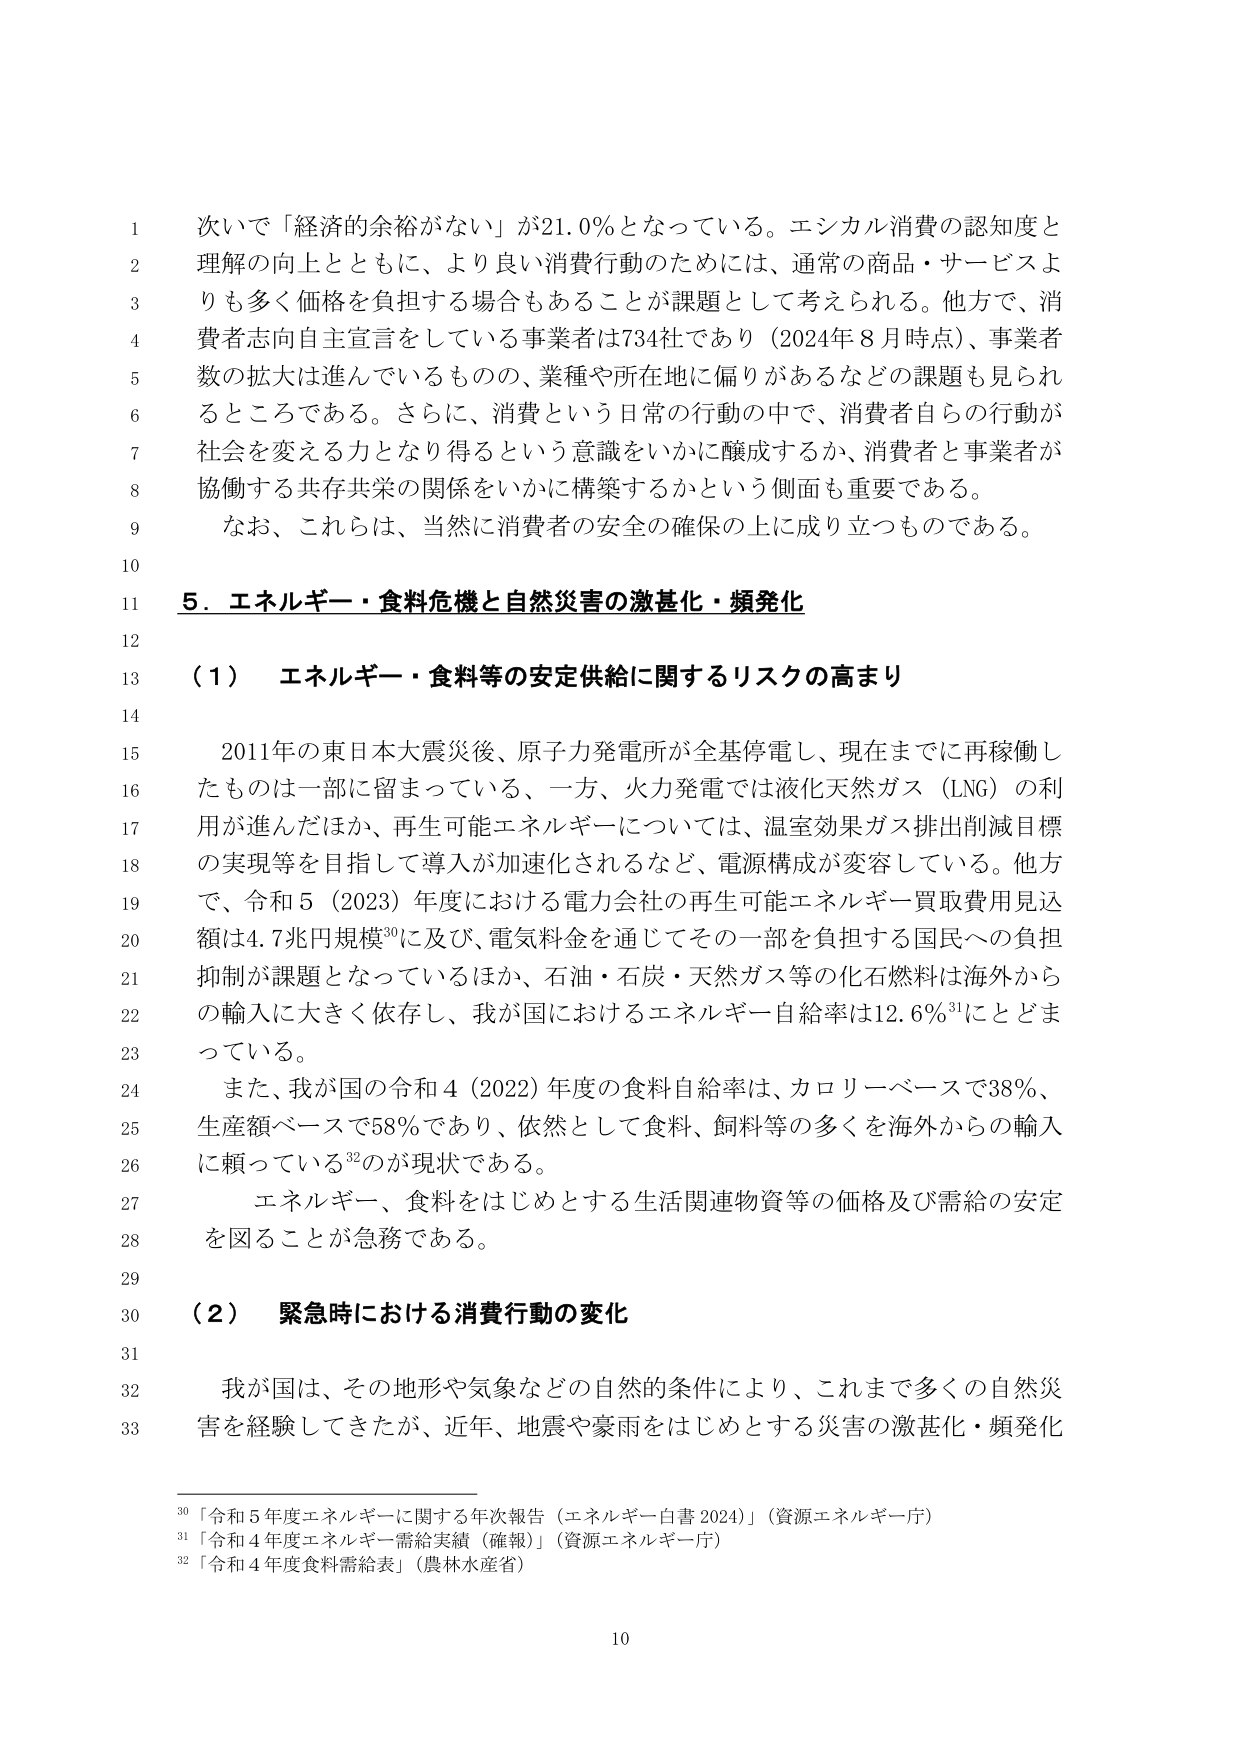
次いで「経済的余裕がない」が21.0％となっている。エシカル消費の認知度と理解の向上とともに、より良い消費行動のためには、通常の商品・サービスよりも多く価格を負担する場合もあることが課題として考えられる。他方で、消費者志向自主宣言をしている事業者は734社であり（2024年8月時点）、事業者数の拡大は進んでいるものの、業種や所在地に偏りがあるなどの課題も見られるところである。さらに、消費という日常の行動の中で、消費者自らの行動が社会を変える力となり得るという意識をいかに醸成するか、消費者と事業者が協働する共存共栄の関係をいかに構築するかという側面も重要である。

なお、これらは、当然に消費者の安全の確保の上に成り立つものである。

5．エネルギー・食料危機と自然災害の激甚化・頻発化

（1） エネルギー・食料等の安定供給に関するリスクの高まり

2011年の東日本大震災後、原子力発電所が全基停電し、現在までに再稼働したものは一部に留まっている、一方、火力発電では液化天然ガス（LNG）の利用が進んだほか、再生可能エネルギーについては、温室効果ガス排出削減目標の実現等を目指して導入が加速化されるなど、電源構成が変容している。他方で、令和5（2023）年度における電力会社の再生可能エネルギー買取費用見込額は4.7兆円規模30に及び、電気料金を通じてその一部を負担する国民への負担抑制が課題となっているほか、石油・石炭・天然ガス等の化石燃料は海外からの輸入に大きく依存し、我が国におけるエネルギー自給率は12.6％31にとどまっている。

また、我が国の令和4（2022）年度の食料自給率は、カロリーベースで38％、生産額ベースで58％であり、依然として食料、飼料等の多くを海外からの輸入に頼っている32のが現状である。

エネルギー、食料をはじめとする生活関連物資等の価格及び需給の安定を図ることが急務である。

（2） 緊急時における消費行動の変化

我が国は、その地形や気象などの自然的条件により、これまで多くの自然災害を経験してきたが、近年、地震や豪雨をはじめとする災害の激甚化・頻発化

30 「令和5年度エネルギーに関する年次報告（エネルギー白書2024）」（資源エネルギー庁）
31 「令和4年度エネルギー需給実績（確報）」（資源エネルギー庁）
32 「令和4年度食料需給表」（農林水産省）

10